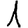
Digit: 1